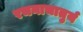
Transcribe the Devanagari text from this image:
रचनाचातुर्य